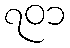
၇၀၁